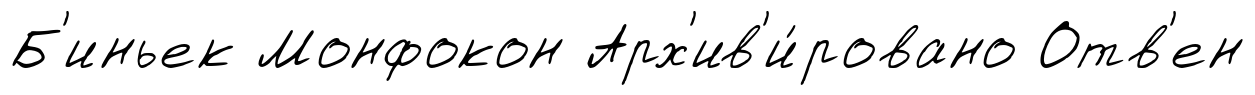
Б'иньек Монфокон Арх'ив'и́ровано Отв'ен